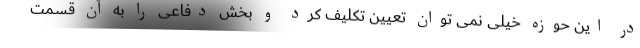
در این حوزه خیلی نمی توان تعیین تکلیف کرد و بخش دفاعی را به آن قسمت